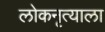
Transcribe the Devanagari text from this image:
लोकनृत्याला